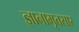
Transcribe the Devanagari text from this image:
ज्ञानामृतसार